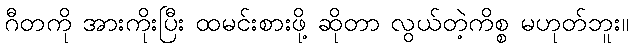
ဂီတကို အားကိုးပြီး ထမင်းစားဖို့ ဆိုတာ လွယ်တဲ့ကိစ္စ မဟုတ်ဘူး။